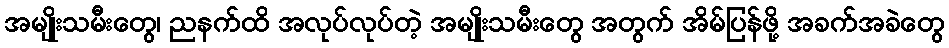
အမျိုးသမီးတွေ၊ ညနက်ထိ အလုပ်လုပ်တဲ့ အမျိုးသမီးတွေ အတွက် အိမ်ပြန်ဖို့ အခက်အခဲတွေ